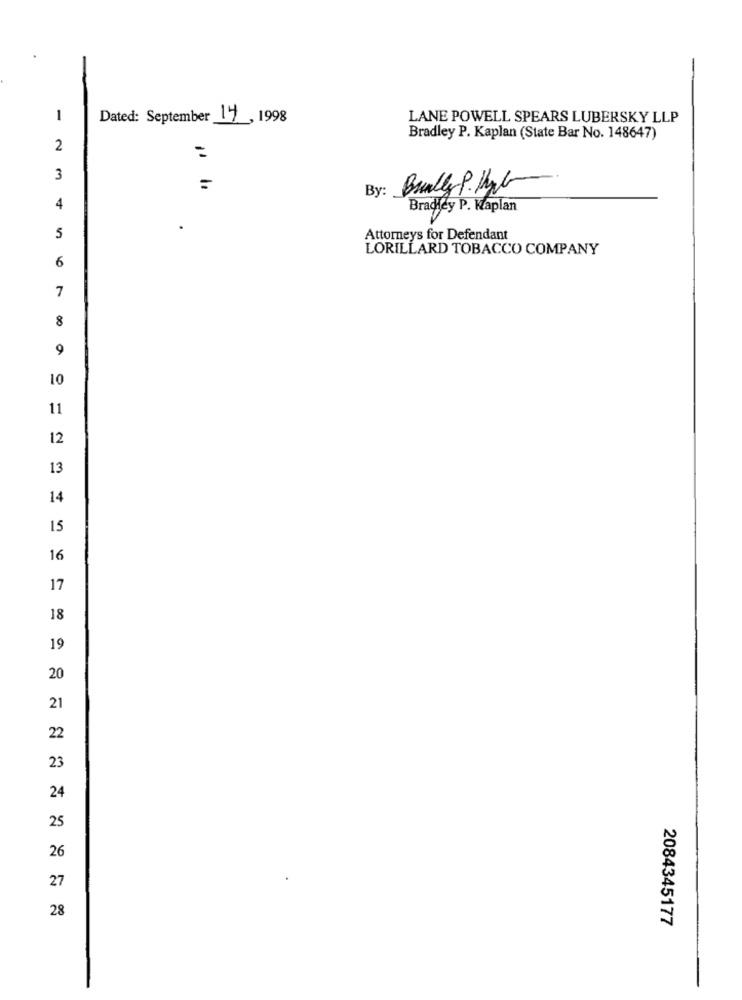
1
Dated: September 17, 1998
LANE POWELL SPEARS LUBERSKY LLP
Bradley P. Kaplan (State Bar No. 148647)
2
3
=
Bully P. My
4
Bradley P. Kaplan
5
Attorneys for Defendant
LORILLARD TOBACCO COMPANY
6
7
8
9
10
11
12
13
14
15
16
17
18
19
20
21
22
23
24
25
26
27
28
2084345177